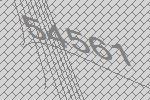
54561